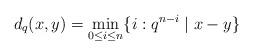
LaTeX: \begin{align*} d_q(x,y) = \min_{0 \le i \le n} \{i : q^{n-i} \mid x-y\}\end{align*}